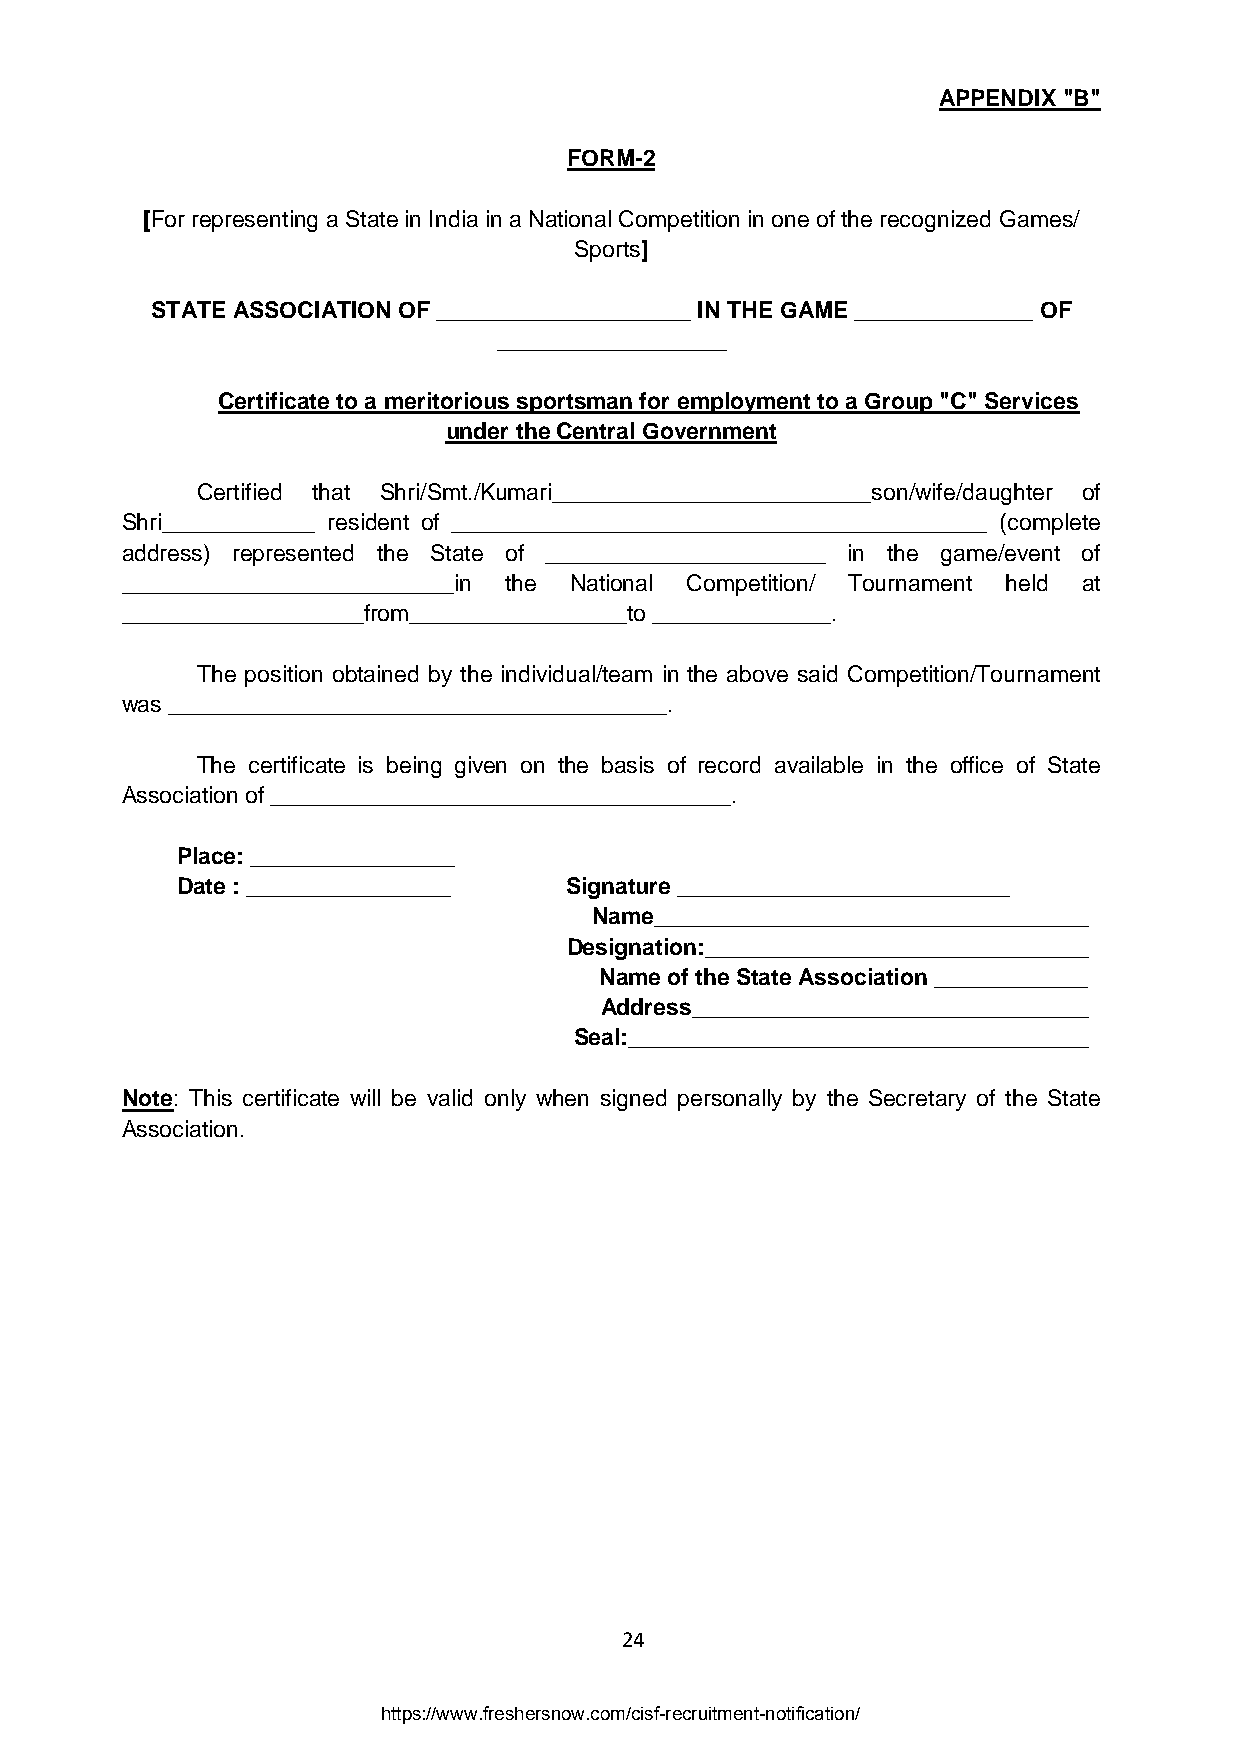
APPENDIX "B"
 FORM-2
 [For representing a State in India in a National Competition in one of the recognized Games/
 Sports]
 STATE ASSOCIATION OF ____________________ IN THE GAME ______________ OF
 __________________
 Certificate to a meritorious sportsman for employment to a Group "C" Services
 under the Central Government
 Certified that Shri/Smt./Kumari_________________________son/wife/daughter of
 Shri____________ resident of __________________________________________ (complete
 address) represented the State of ______________________ in the game/event of
 __________________________in the National Competition/ Tournament held at
 ___________________from_________________to ______________.
 The position obtained by the individual/team in the above said Competition/Tournament
 was _______________________________________.
 The certificate is being given on the basis of record available in the office of State
 Association of ____________________________________.
 Place: ________________
 Date : ________________  Signature __________________________
 Name__________________________________
 Designation:______________________________
 Name of the State Association ____________
 Address_______________________________
 Seal:____________________________________
 Note: This certificate will be valid only when signed personally by the Secretary of the State
 Association.
 24
 https://www.freshersnow.com/cisf-recruitment-notification/